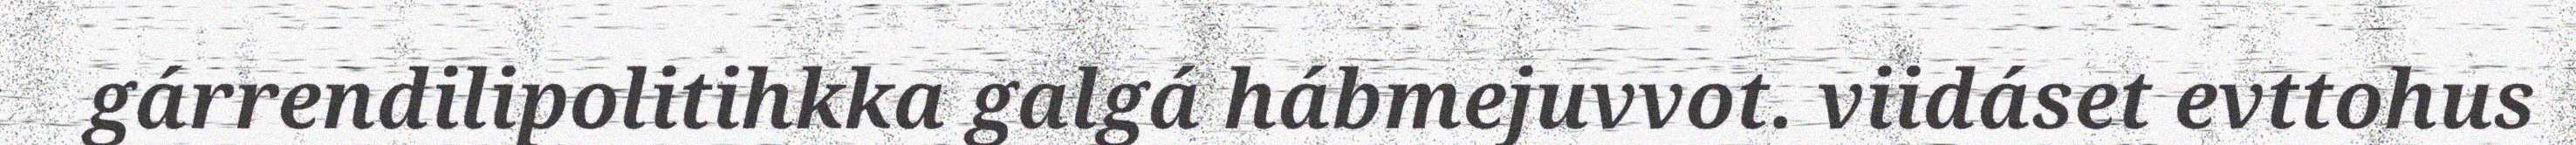
gárrendilipolitihkka galgá hábmejuvvot. viidáset evttohus